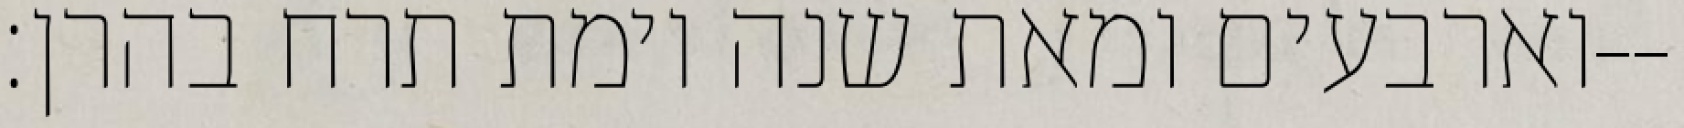
וארבעים ומאת שנה וימת תרח בהרן׃--